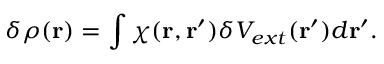
\delta \rho ( \mathbf { r } ) = \int \chi ( \mathbf { r } , \mathbf { r } ^ { \prime } ) \delta V _ { e x t } ( \mathbf { r } ^ { \prime } ) d \mathbf { r } ^ { \prime } .